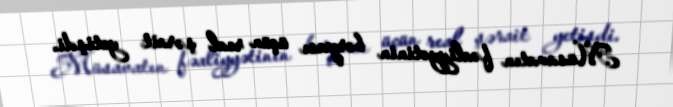
Müsavatın fəaliyyətinin bərpası üçün real şərait yetişdi.